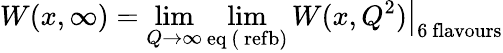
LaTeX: W(x,\infty)=\operatorname*{lim}_{Q\rightarrow\infty}\operatorname*{lim}_{\mathrm{eq\ (\ ref{b})}}\left.W(x,Q^{2})\right|_{\mathrm{6\ flavours}}